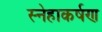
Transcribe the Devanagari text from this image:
स्नेहाकर्षण